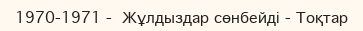
1970-1971 -  Жұлдыздар сөнбейді - Тоқтар